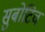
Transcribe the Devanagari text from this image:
सुबोटिच